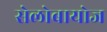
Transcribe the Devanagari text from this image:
सेलोबायोज